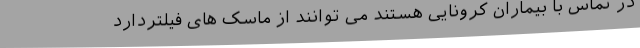
در تماس با بیماران کرونایی هستند می توانند از ماسک های فیلتردارد